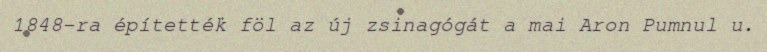
1848-ra építették föl az új zsinagógát a mai Aron Pumnul u.